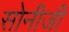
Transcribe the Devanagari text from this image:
सोनीजी